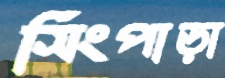
সিংপাড়া